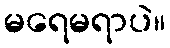
မရေမရာပဲ။